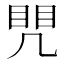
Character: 𭂷